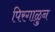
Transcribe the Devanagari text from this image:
पिरगाळुन